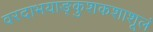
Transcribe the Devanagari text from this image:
वरदाभयाङ्कुशकशाशूलं